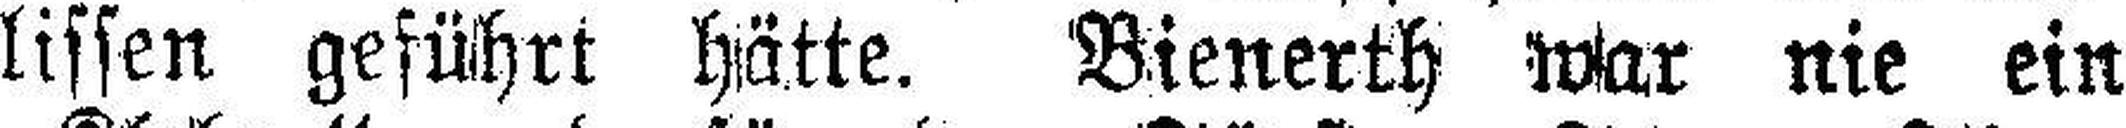
lissen geführt hätte. Bienerth war nie ein